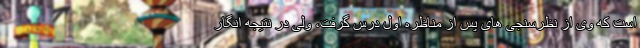
است که وی از نظرسنجی های پس از مناظره اول درس گرفت، ولی در نتیجه انگار